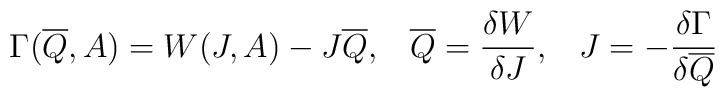
\Gamma(\overline{Q},A)=W(J,A)-J\overline{Q},\;\;\; \overline{Q}=\frac{\delta W}{\delta J},\;\;\; J=-\frac{\delta\Gamma}{\delta\overline{Q}}